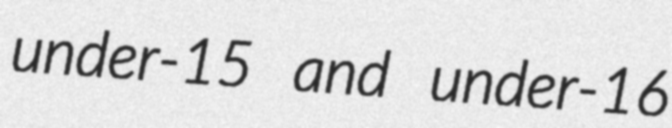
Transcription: under-15 and under-16